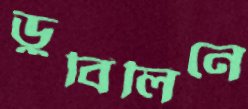
ডুবিলিনে